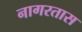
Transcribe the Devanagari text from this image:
नागरतास